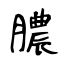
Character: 膿